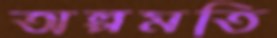
অল্পমতি